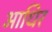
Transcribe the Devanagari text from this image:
आधिर